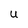
Character: U